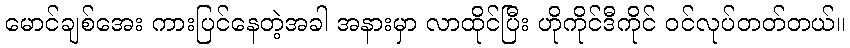
မောင်ချစ်အေး ကားပြင်နေတဲ့အခါ အနားမှာ လာထိုင်ပြီး ဟိုကိုင်ဒီကိုင် ဝင်လုပ်တတ်တယ်။